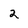
Character: 2